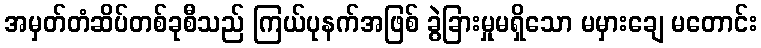
အမှတ်တံဆိပ်တစ်ခုစီသည် ကြယ်ပုနက်အဖြစ် ခွဲခြားမှုမရှိသော မမှားချေ မတောင်း